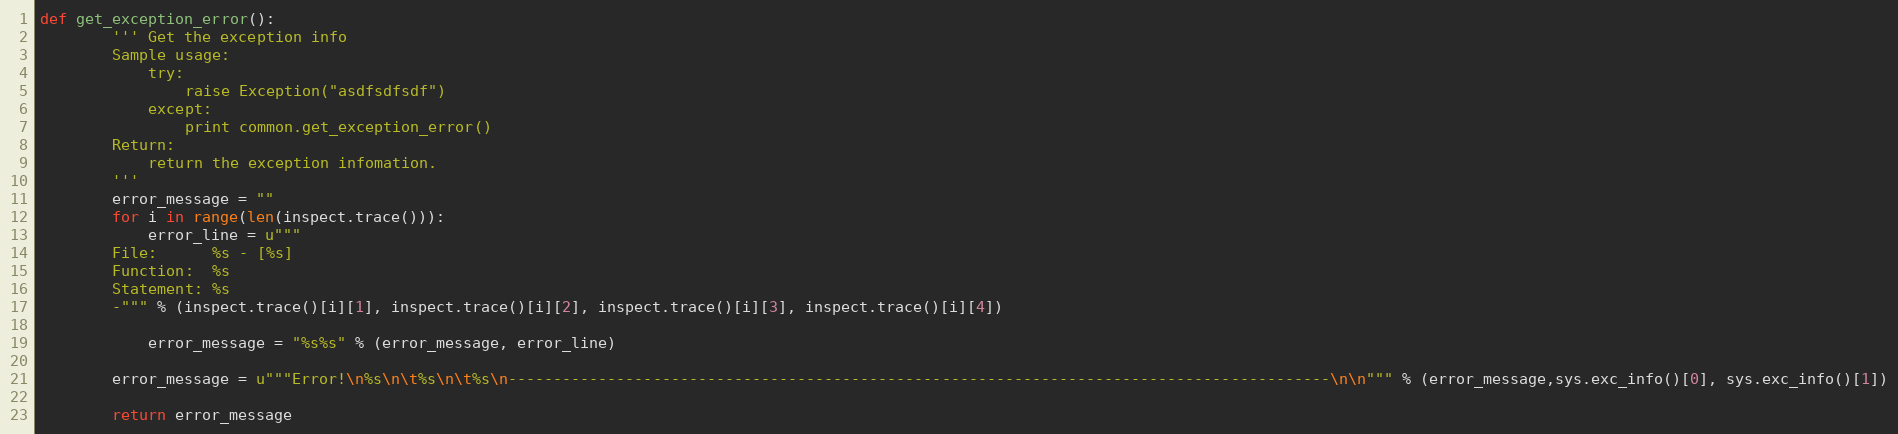
Language: Python
def get_exception_error():
        ''' Get the exception info
        Sample usage:
            try:
                raise Exception("asdfsdfsdf")
            except:
                print common.get_exception_error()
        Return:
            return the exception infomation.
        '''
        error_message = ""
        for i in range(len(inspect.trace())):
            error_line = u"""
        File:      %s - [%s]
        Function:  %s
        Statement: %s
        -""" % (inspect.trace()[i][1], inspect.trace()[i][2], inspect.trace()[i][3], inspect.trace()[i][4])

            error_message = "%s%s" % (error_message, error_line)

        error_message = u"""Error!\n%s\n\t%s\n\t%s\n-------------------------------------------------------------------------------------------\n\n""" % (error_message,sys.exc_info()[0], sys.exc_info()[1])

        return error_message